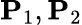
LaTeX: \mathbf{P}_{1},\mathbf{P}_{2}